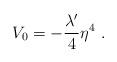
LaTeX: \begin{align*}V_0 = - {{\lambda '}\over 4} \eta^4 \ .\end{align*}